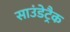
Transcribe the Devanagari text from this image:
साउंडेट्रैक